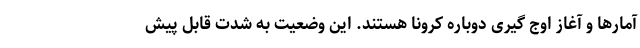
آمارها و آغاز اوج گیری دوباره کرونا هستند. این وضعیت به شدت قابل پیش